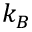
k _ { B }